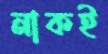
নাকই